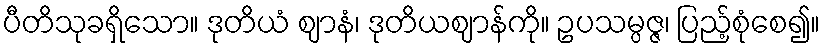
ပီတိသုခရှိသော။ ဒုတိယံ ဈာနံ၊ ဒုတိယဈာန်ကို။ ဥပသမ္ပဇ္ဇ၊ ပြည့်စုံစေ၍။